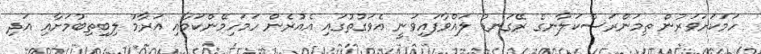
ހަމަކަށަވަރުން ތިމަންރަސްކަލާނގެ ރޭގަނޑު ލައްވާފައިވަނީ އެވަގުތުގައި އެއުރެން ހަމަހިމޭންކަމާއި އަރާމު ލިބިތިބުމަށާއި އަދި